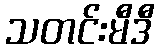
သတင်းမီဒီ